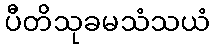
ပီတိသုခမသံသယံ